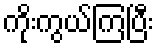
ကိုးကွယ်ကြပြီး